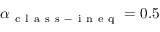
\alpha _ { \mathrm { ~ c ~ l ~ a ~ s ~ s ~ - ~ i ~ n ~ e ~ q ~ } } = 0 . 5